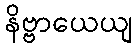
နိဗ္ဗာယေယျ